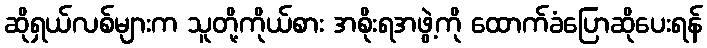
ဆိုရှယ်လစ်များက သူတို့ကိုယ်စား အစိုးရအဖွဲ့ကို ထောက်ခံပြောဆိုပေးရန်